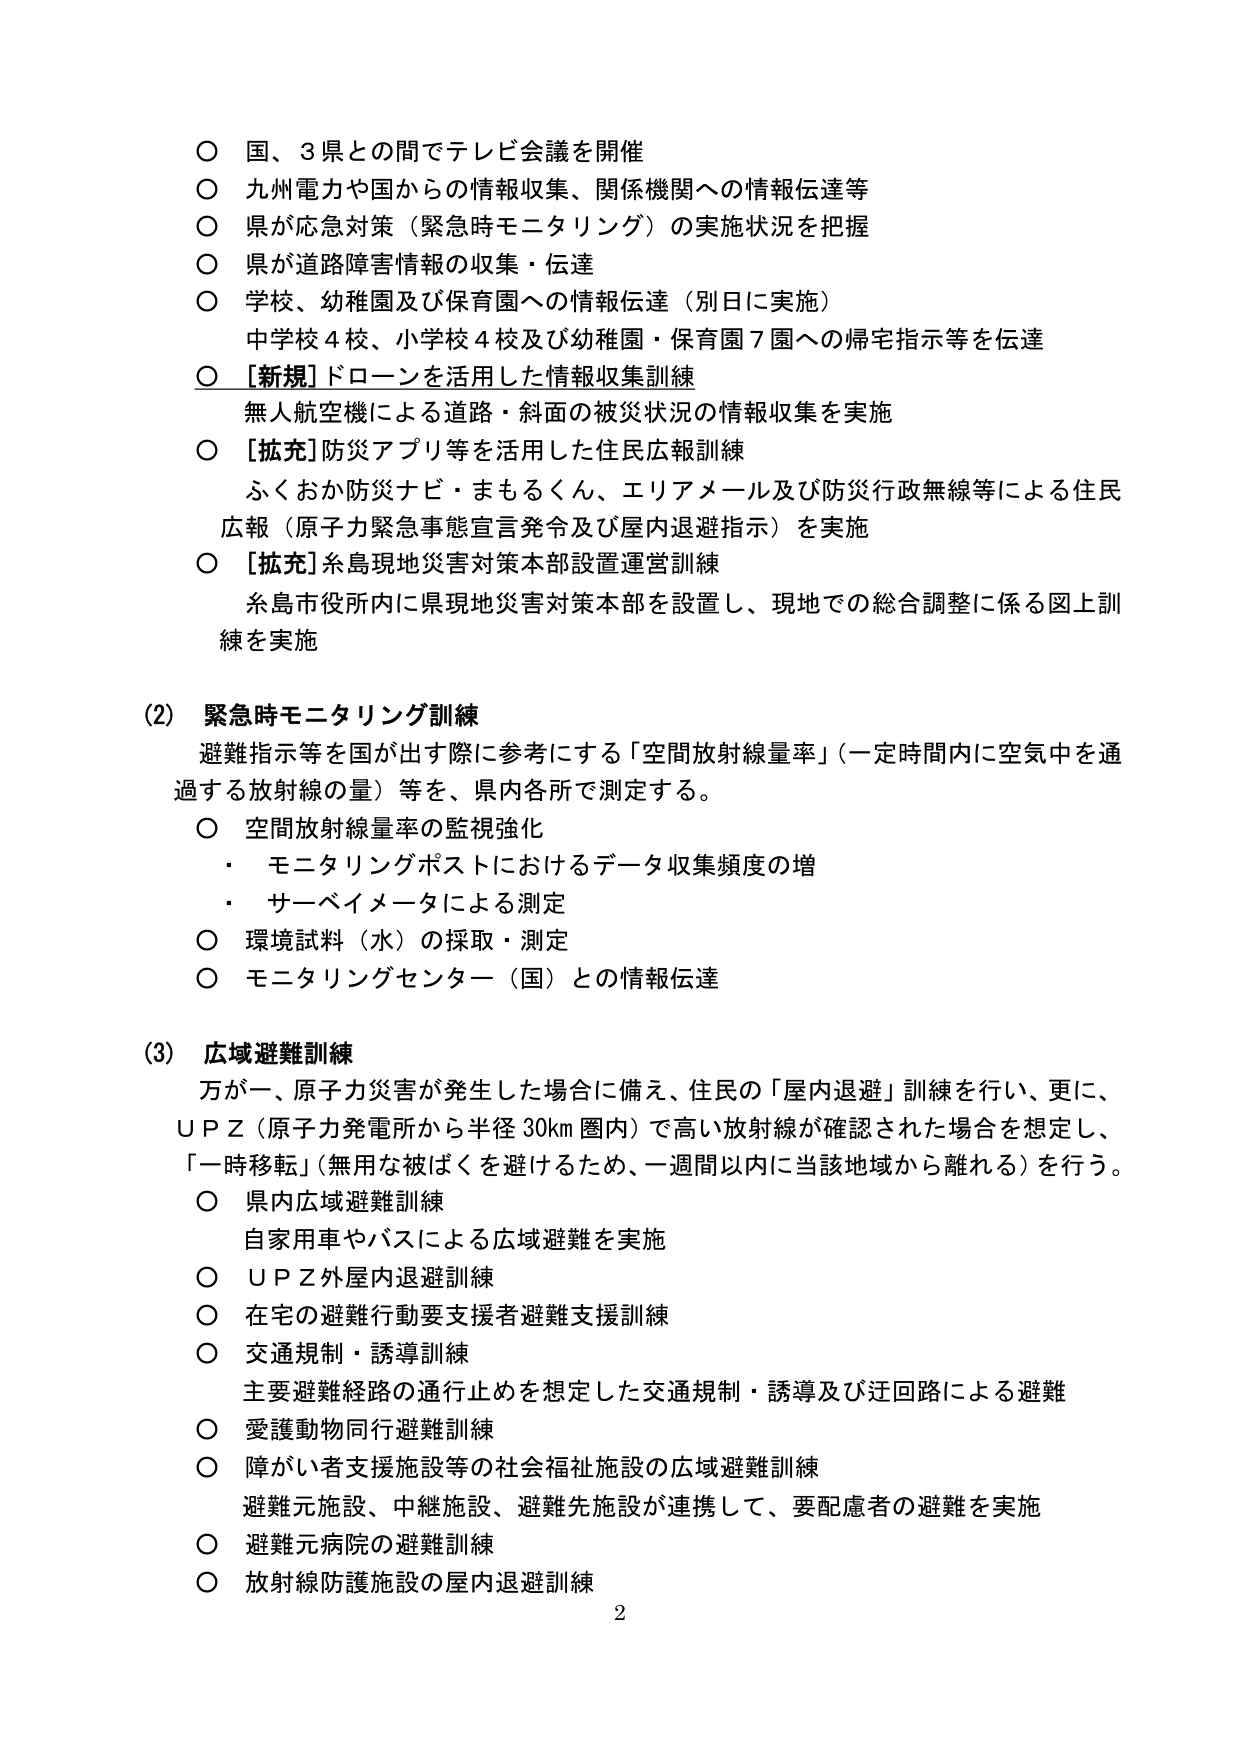
○ 国、3県との間でテレビ会議を開催
○ 九州電力や国からの情報収集、関係機関への情報伝達等
○ 県が応急対策（緊急時モニタリング）の実施状況を把握
○ 県が道路障害情報の収集・伝達
○ 学校、幼稚園及び保育園への情報伝達（別日に実施）
　中学校4校、小学校4校及び幼稚園・保育園7園への帰宅指示等を伝達
○ [新規]ドローンを活用した情報収集訓練
　無人航空機による道路・斜面の被災状況の情報収集を実施
○ [拡充]防災アプリ等を活用した住民広報訓練
　ふくおか防災ナビ・まもるくん、エリアメール及び防災行政無線等による住民
　広報（原子力緊急事態宣言発令及び屋内退避指示）を実施
○ [拡充]糸島現地災害対策本部設置運営訓練
　糸島市役所内に県現地災害対策本部を設置し、現地での総合調整に係る図上訓
　練を実施

(2) 緊急時モニタリング訓練
　避難指示等を国が出す際に参考にする「空間放射線量率」（一定時間内に空気中を通
　過する放射線の量）等を、県内各所で測定する。
○ 空間放射線量率の監視強化
　・ モニタリングポストにおけるデータ収集頻度の増
　・ サーベイメータによる測定
○ 環境試料（水）の採取・測定
○ モニタリングセンター（国）との情報伝達

(3) 広域避難訓練
　万が一、原子力災害が発生した場合に備え、住民の「屋内退避」訓練を行い、更に、
　ＵＰＺ（原子力発電所から半径30km圏内）で高い放射線が確認された場合を想定し、
　「一時移転」（無用な被ばくを避けるため、一週間以内に当該地域から離れる）を行う。
○ 県内広域避難訓練
　自家用車やバスによる広域避難を実施
○ ＵＰＺ外屋内退避訓練
○ 在宅の避難行動要支援者避難支援訓練
○ 交通規制・誘導訓練
　主要避難経路の通行止めを想定した交通規制・誘導及び迂回路による避難
○ 愛護動物同行避難訓練
○ 障がい者支援施設等の社会福祉施設の広域避難訓練
　避難元施設、中継施設、避難先施設が連携して、要配慮者の避難を実施
○ 避難元病院の避難訓練
○ 放射線防護施設の屋内退避訓練
2